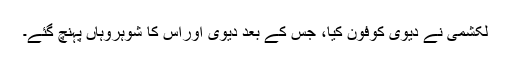
لکشمی نے دیوی کوفون کیا، جس کے بعد دیوی اوراس کا شوہروہاں پہنچ گئے۔